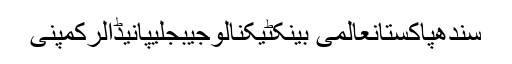
سندھپاکستانعالمی بینکٹیکنالوجیبجلیپانیڈالرکمپنی